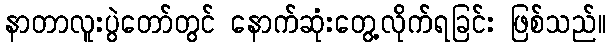
နာတာလူးပွဲတော်တွင် နောက်ဆုံးတွေ့လိုက်ရခြင်း ဖြစ်သည်။